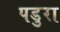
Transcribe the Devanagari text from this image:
पडुरा